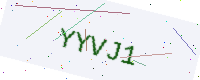
Text: YYVJ1